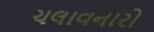
ચલાવનારો